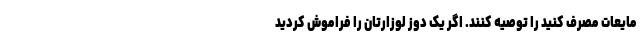
مایعات مصرف کنید را توصیه کنند. اگر یک دوز لوزارتان را فراموش کردید